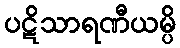
ပဋိသာရဏီယမ္ပိ